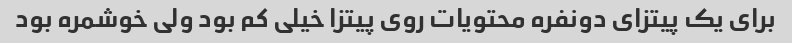
برای یک پیتزای دونفره محتویات روی پیتزا خیلی کم بود ولی خوشمره بود